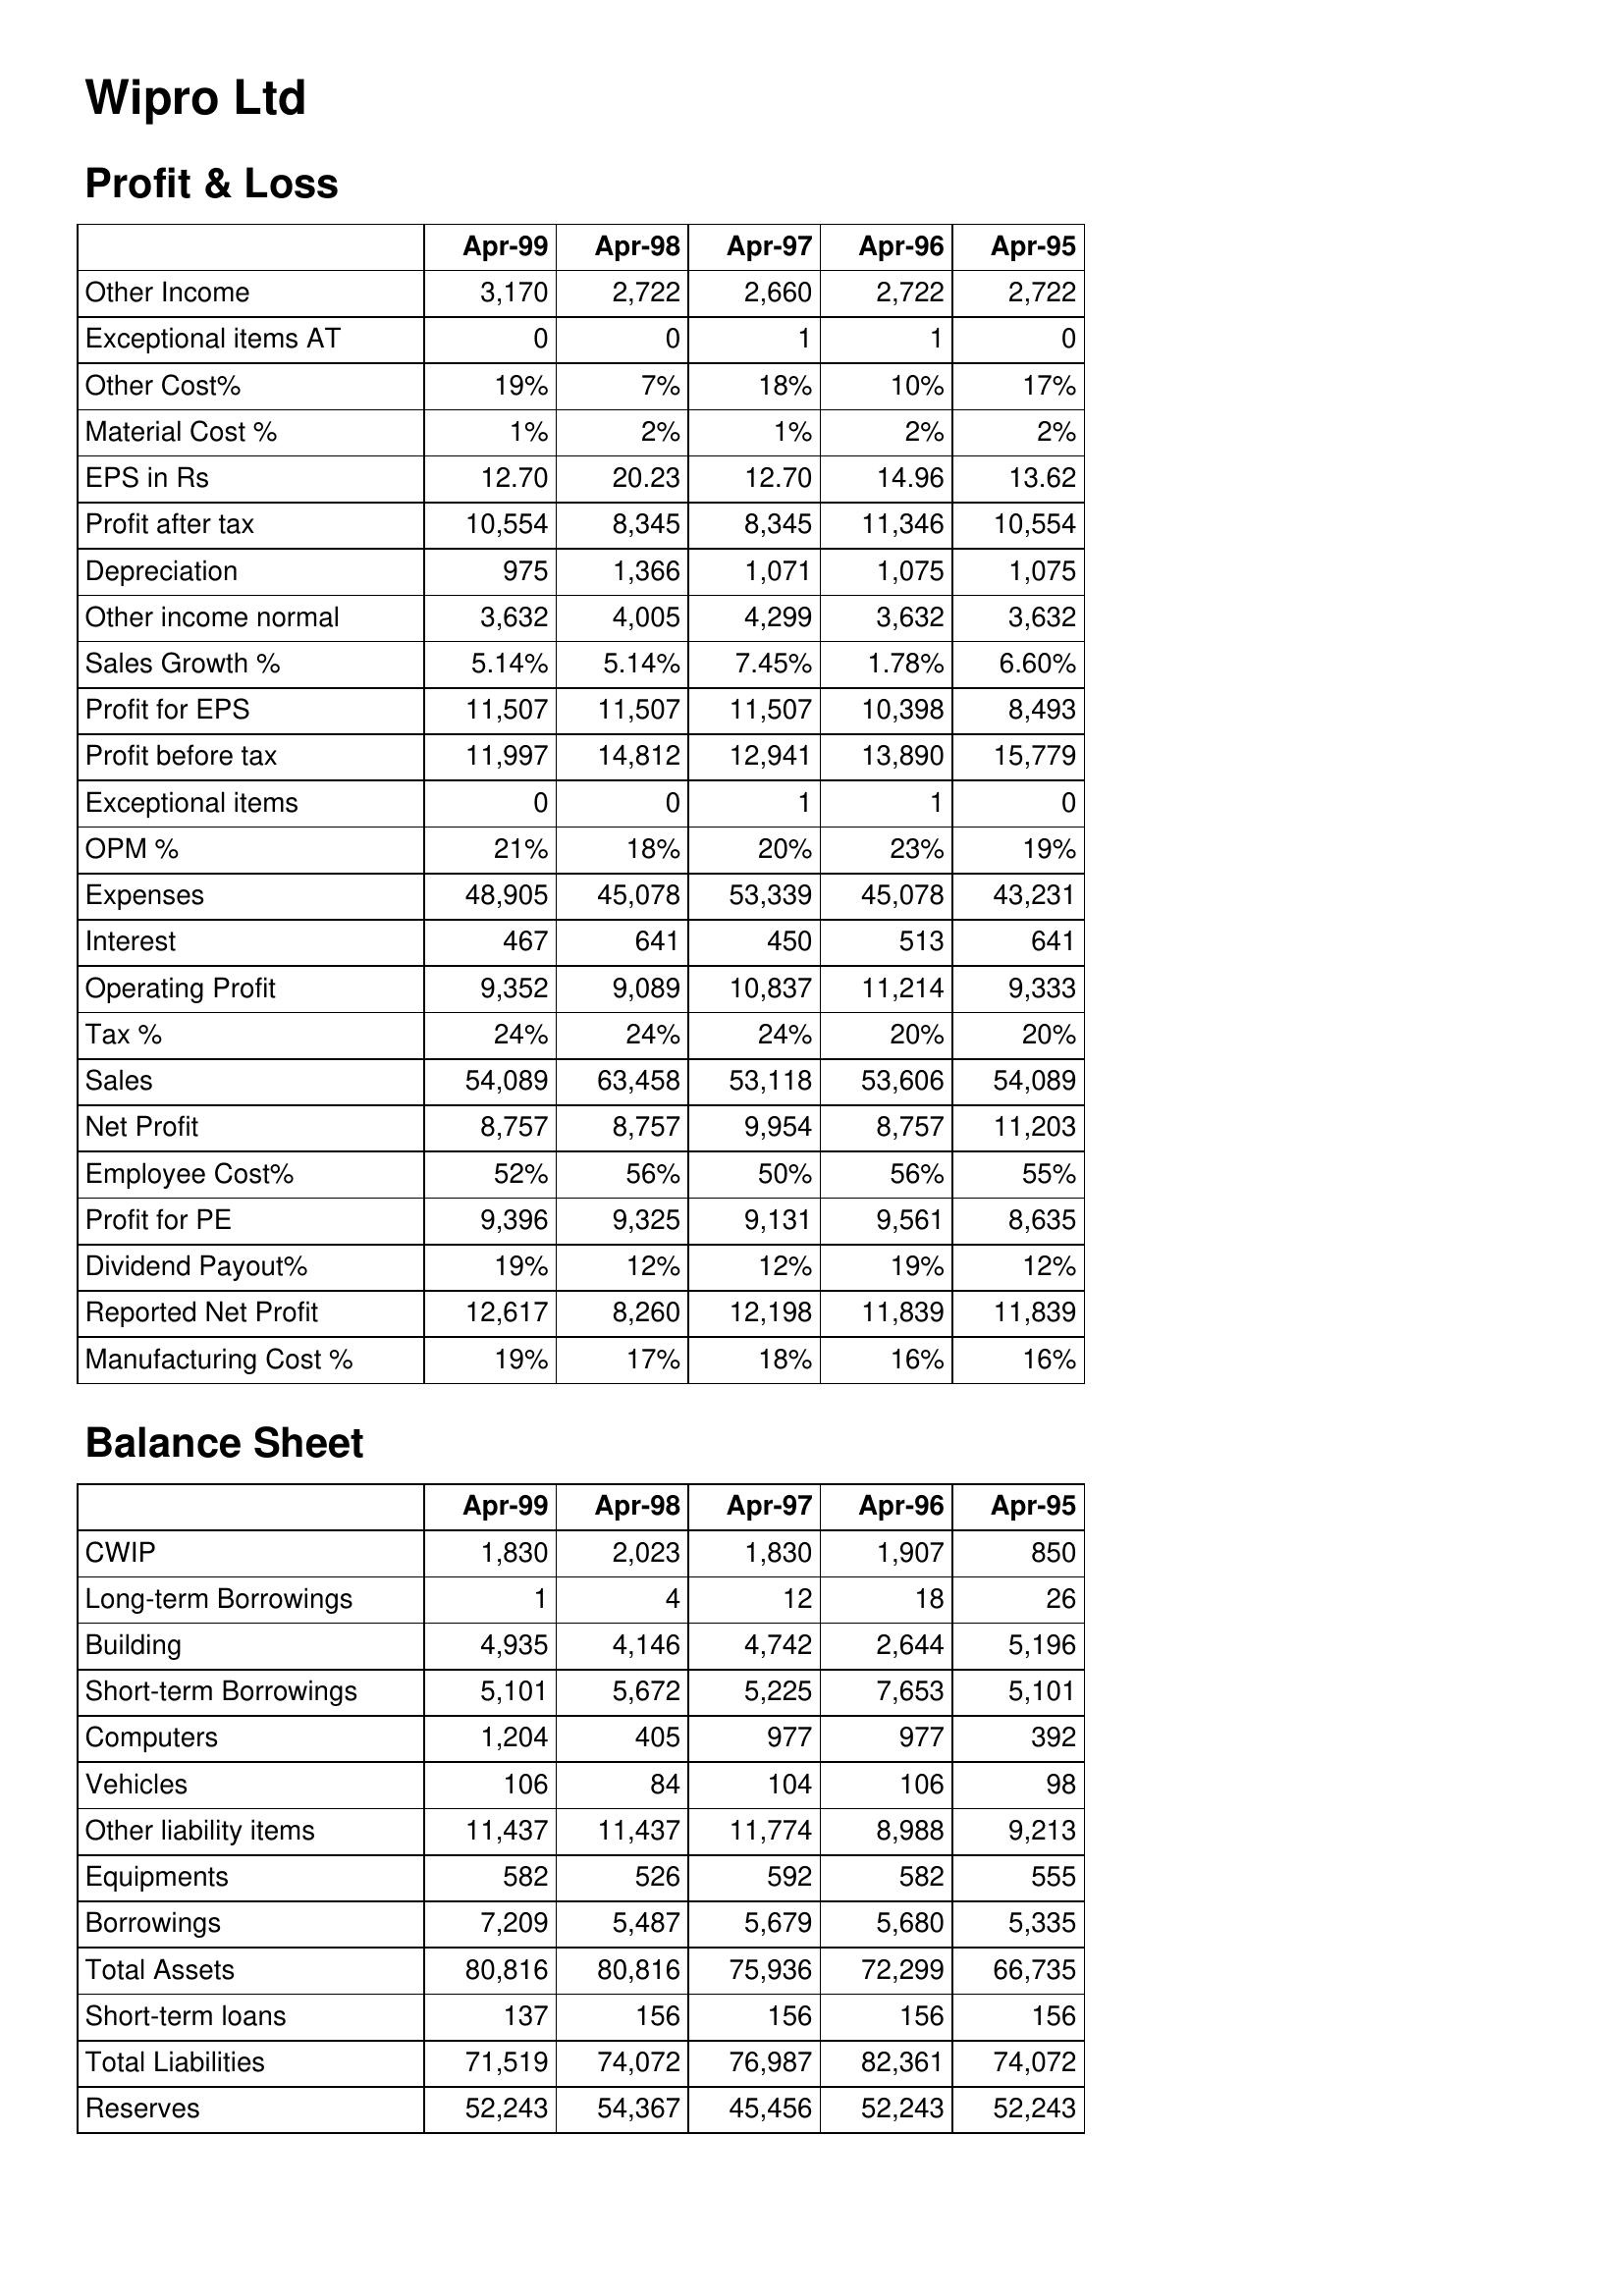
Apr-99: Profit & Loss: Other Income: 3,170
Exceptional items AT: 0
Other Cost%: 19%
Material Cost %: 1%
EPS in Rs: 12.70
Profit after tax: 10,554
Depreciation: 975
Other income normal: 3,632
Sales Growth %: 5.14%
Profit for EPS: 11,507
Profit before tax: 11,997
Exceptional items: 0
OPM %: 21%
Expenses: 48,905
Interest: 467
Operating Profit: 9,352
Tax %: 24%
Sales: 54,089
Net Profit: 8,757
Employee Cost%: 52%
Profit for PE: 9,396
Dividend Payout%: 19%
Reported Net Profit: 12,617
Manufacturing Cost %: 19%
Balance Sheet: CWIP: 1,830
Long-term Borrowings: 1
Building: 4,935
Short-term Borrowings: 5,101
Computers: 1,204
Vehicles: 106
Other liability items: 11,437
Equipments: 582
Borrowings: 7,209
Total Assets: 80,816
Short-term loans: 137
Total Liabilities: 71,519
Reserves: 52,243
Apr-98: Profit & Loss: Other Income: 2,722
Exceptional items AT: 0
Other Cost%: 7%
Material Cost %: 2%
EPS in Rs: 20.23
Profit after tax: 8,345
Depreciation: 1,366
Other income normal: 4,005
Sales Growth %: 5.14%
Profit for EPS: 11,507
Profit before tax: 14,812
Exceptional items: 0
OPM %: 18%
Expenses: 45,078
Interest: 641
Operating Profit: 9,089
Tax %: 24%
Sales: 63,458
Net Profit: 8,757
Employee Cost%: 56%
Profit for PE: 9,325
Dividend Payout%: 12%
Reported Net Profit: 8,260
Manufacturing Cost %: 17%
Balance Sheet: CWIP: 2,023
Long-term Borrowings: 4
Building: 4,146
Short-term Borrowings: 5,672
Computers: 405
Vehicles: 84
Other liability items: 11,437
Equipments: 526
Borrowings: 5,487
Total Assets: 80,816
Short-term loans: 156
Total Liabilities: 74,072
Reserves: 54,367
Apr-97: Profit & Loss: Other Income: 2,660
Exceptional items AT: 1
Other Cost%: 18%
Material Cost %: 1%
EPS in Rs: 12.70
Profit after tax: 8,345
Depreciation: 1,071
Other income normal: 4,299
Sales Growth %: 7.45%
Profit for EPS: 11,507
Profit before tax: 12,941
Exceptional items: 1
OPM %: 20%
Expenses: 53,339
Interest: 450
Operating Profit: 10,837
Tax %: 24%
Sales: 53,118
Net Profit: 9,954
Employee Cost%: 50%
Profit for PE: 9,131
Dividend Payout%: 12%
Reported Net Profit: 12,198
Manufacturing Cost %: 18%
Balance Sheet: CWIP: 1,830
Long-term Borrowings: 12
Building: 4,742
Short-term Borrowings: 5,225
Computers: 977
Vehicles: 104
Other liability items: 11,774
Equipments: 592
Borrowings: 5,679
Total Assets: 75,936
Short-term loans: 156
Total Liabilities: 76,987
Reserves: 45,456
Apr-96: Profit & Loss: Other Income: 2,722
Exceptional items AT: 1
Other Cost%: 10%
Material Cost %: 2%
EPS in Rs: 14.96
Profit after tax: 11,346
Depreciation: 1,075
Other income normal: 3,632
Sales Growth %: 1.78%
Profit for EPS: 10,398
Profit before tax: 13,890
Exceptional items: 1
OPM %: 23%
Expenses: 45,078
Interest: 513
Operating Profit: 11,214
Tax %: 20%
Sales: 53,606
Net Profit: 8,757
Employee Cost%: 56%
Profit for PE: 9,561
Dividend Payout%: 19%
Reported Net Profit: 11,839
Manufacturing Cost %: 16%
Balance Sheet: CWIP: 1,907
Long-term Borrowings: 18
Building: 2,644
Short-term Borrowings: 7,653
Computers: 977
Vehicles: 106
Other liability items: 8,988
Equipments: 582
Borrowings: 5,680
Total Assets: 72,299
Short-term loans: 156
Total Liabilities: 82,361
Reserves: 52,243
Apr-95: Profit & Loss: Other Income: 2,722
Exceptional items AT: 0
Other Cost%: 17%
Material Cost %: 2%
EPS in Rs: 13.62
Profit after tax: 10,554
Depreciation: 1,075
Other income normal: 3,632
Sales Growth %: 6.60%
Profit for EPS: 8,493
Profit before tax: 15,779
Exceptional items: 0
OPM %: 19%
Expenses: 43,231
Interest: 641
Operating Profit: 9,333
Tax %: 20%
Sales: 54,089
Net Profit: 11,203
Employee Cost%: 55%
Profit for PE: 8,635
Dividend Payout%: 12%
Reported Net Profit: 11,839
Manufacturing Cost %: 16%
Balance Sheet: CWIP: 850
Long-term Borrowings: 26
Building: 5,196
Short-term Borrowings: 5,101
Computers: 392
Vehicles: 98
Other liability items: 9,213
Equipments: 555
Borrowings: 5,335
Total Assets: 66,735
Short-term loans: 156
Total Liabilities: 74,072
Reserves: 52,243